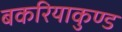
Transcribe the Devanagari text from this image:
बकरियाकुण्ड